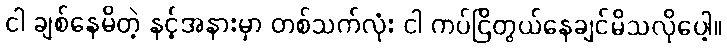
ငါ ချစ်နေမိတဲ့ နင့်အနားမှာ တစ်သက်လုံး ငါ ကပ်ငြိတွယ်နေချင်မိသလိုပေါ့။